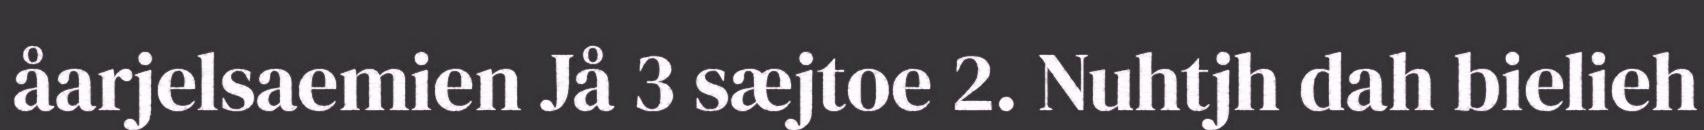
åarjelsaemien Jå 3 sæjtoe 2. Nuhtjh dah bielieh